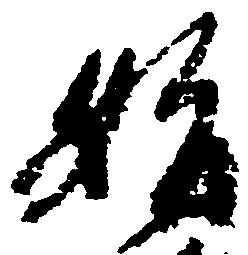
始